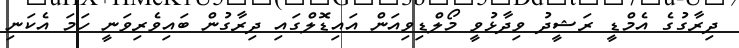
ދިރާގުގެ އެމްޑީ ރަޝީދު ވިދާޅުވީ މޯލްޑިވިއަން އައިޑޮލްގައި ދިރާގުން ބައިވެރިވަނީ ހަމަ އެކަނި